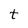
Character: t